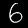
Digit: 6